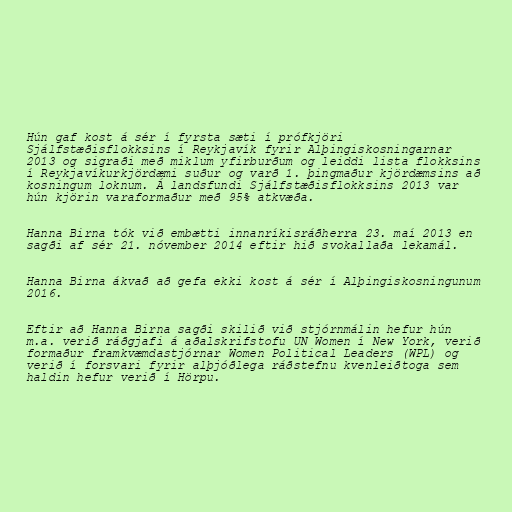
Hún gaf kost á sér í fyrsta sæti í prófkjöri
Sjálfstæðisflokksins í Reykjavík fyrir Alþingiskosningarnar
2013 og sigraði með miklum yfirburðum og leiddi lista flokksins
í Reykjavíkurkjördæmi suður og varð 1. þingmaður kjördæmsins að
kosningum loknum. Á landsfundi Sjálfstæðisflokksins 2013 var
hún kjörin varaformaður með 95% atkvæða.

Hanna Birna tók við embætti innanríkisráðherra 23. maí 2013 en
sagði af sér 21. nóvember 2014 eftir hið svokallaða lekamál.

Hanna Birna ákvað að gefa ekki kost á sér í Alþingiskosningunum
2016.

Eftir að Hanna Birna sagði skilið við stjórnmálin hefur hún
m.a. verið ráðgjafi á aðalskrifstofu UN Women í New York, verið
formaður framkvæmdastjórnar Women Political Leaders (WPL) og
verið í forsvari fyrir alþjóðlega ráðstefnu kvenleiðtoga sem
haldin hefur verið í Hörpu.